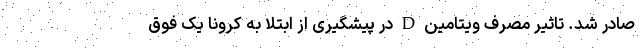
صادر شد. تاثیر مصرف ویتامین D در پیشگیری از ابتلا به کرونا یک فوق